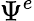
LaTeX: \Psi^{e}